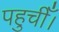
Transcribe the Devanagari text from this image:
पहुचीँ।